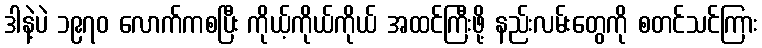
ဒါနဲ့ပဲ ၁၉၇၀ လောက်ကစပြီး ကိုယ့်ကိုယ်ကိုယ် အထင်ကြီးဖို့ နည်းလမ်းတွေကို စတင်သင်ကြား